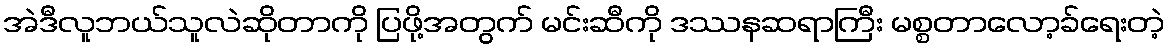
အဲဒီလူဘယ်သူလဲဆိုတာကို ပြဖို့အတွက် မင်းဆီကို ဒဿနဆရာကြီး မစ္စတာလော့ခ်ရေးတဲ့